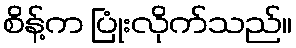
စိန့်က ပြုံးလိုက်သည်။